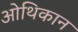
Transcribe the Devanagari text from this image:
ओथिकान